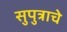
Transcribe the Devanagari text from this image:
सुपुत्राचे